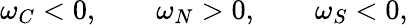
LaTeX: \omega_{C}<0,\qquad\omega_{N}>0,\qquad\omega_{S}<0,